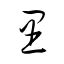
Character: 里